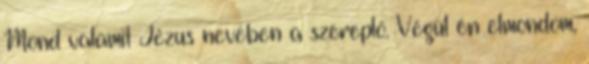
Mond valamit Jézus nevében a szereplő. Végül én elmondom,